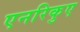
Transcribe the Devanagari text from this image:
एनरिकुए